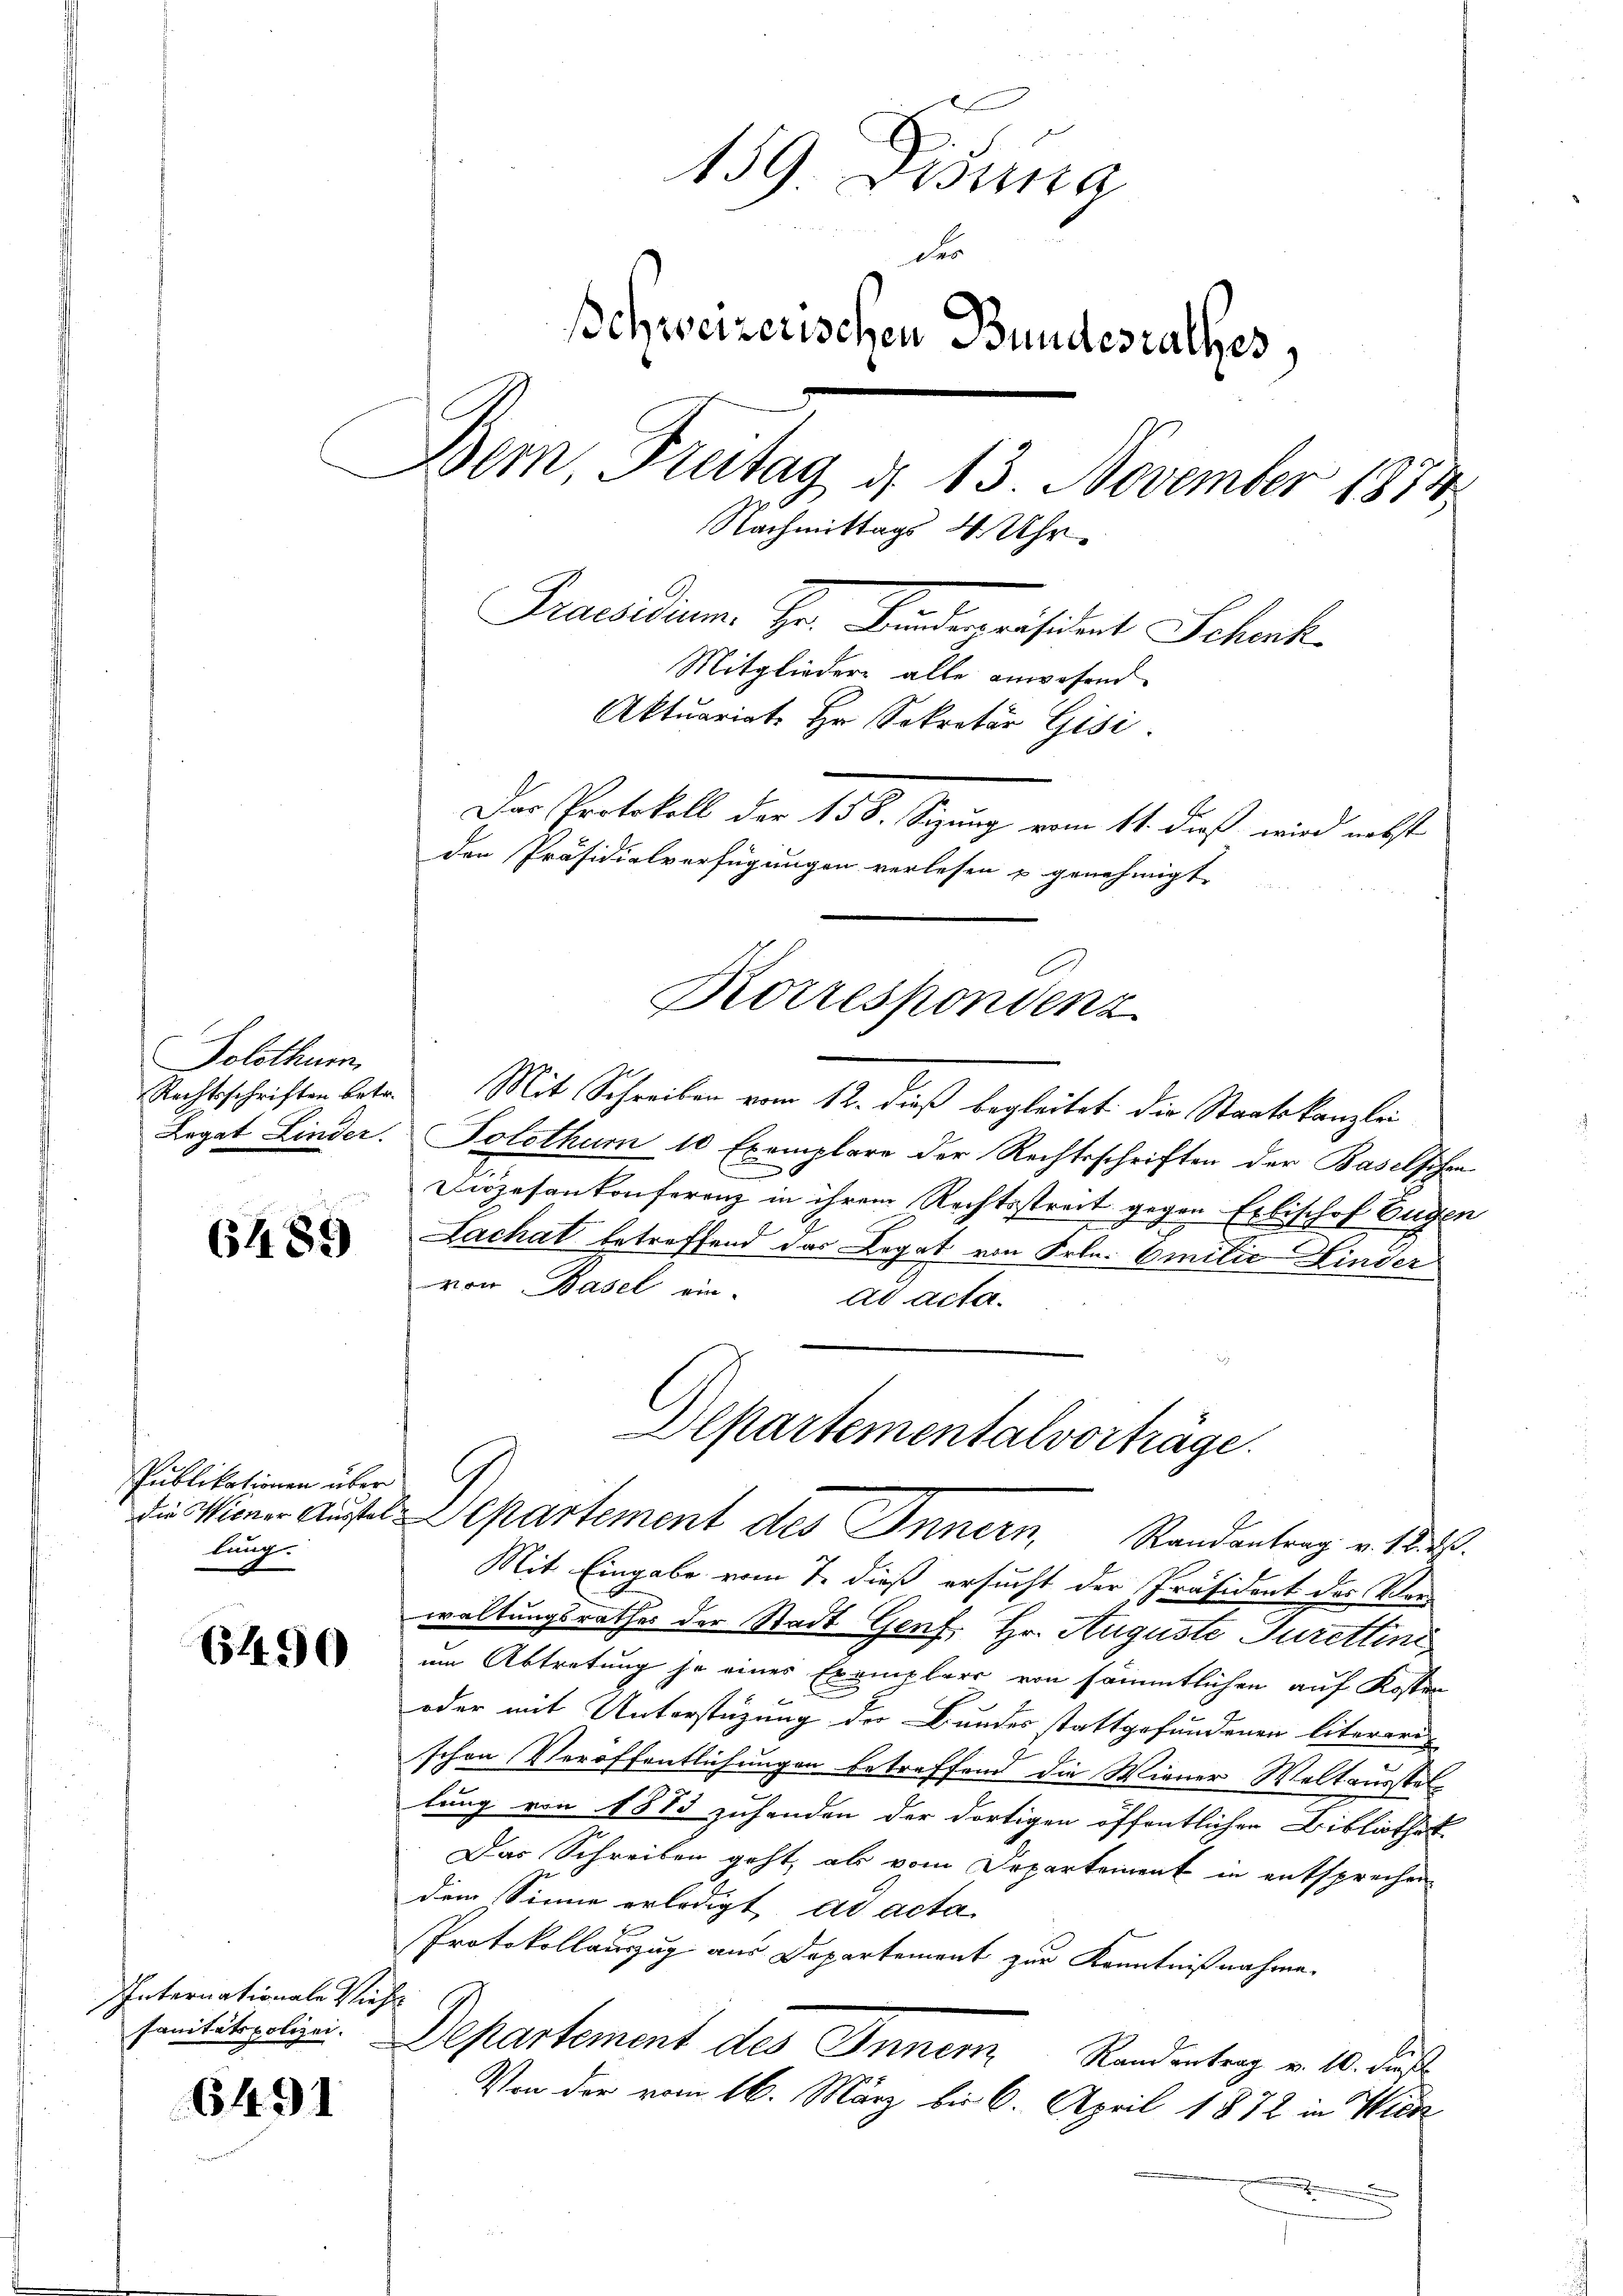
Solothur
Rechtsschriften betr.
Legat Linder.

6489

Publikationen über
die Wiener Ausstel
lung.

6490

Internationale Vieh
sanitätspolizei.

6491

159 Disena
des
schweizerischen Bundesrathes,
Dem Freitag d. 13. November 1874
Nachmittags 4 Uhr.
Praesidium Hr. Findespräsident Schank
Mitglieder alle anwesend
Aktuariate Hr. Sekretär Gisi
Der Protokoll der 158. Sizung vom 11. daß wird nebst
den Präsidialverfügungen verlesen u genehmigt.

e
Mit Schreiben vom 12. dieß begleitet die Staatskanzlei
Tolothum 10 Exemplare der Rechtsschriften der Baselschen
Diözesenkonferenz in ihrem Rechtsstreit gegen Erbischof Eugen
Lachat betreffend das Legat von Frln. Emilie Kinder
von Basel ein-
ad acta.
Mit Eingabe vom 7. dieß ersucht der Präsident des Vorwaltungsrathes der Stadt Genf. Hr. Auguste Jurettini
um Abtretung je eines Exemplars von sämmtlichen auf Kosten
oder mit Unterstüzung der Bundes stattgefundenen literari-
schen Veröffentlichungen betreffend die Wiener Weltausstellung von 1883 zuhanden der dortigen öffentlichen Bibliothek
Das Schreiben geht, als vom Departement in entsprechen
dem Sinne erledigt ad acta
Protokollauszug aus Departement zur Kenntnißnahme.

Departement des Inner Randentrag v. 10. Fuß
Von der vom 16. März bis 6. April 1872 in Wick
.

Korrespondenz

Departementalvorträge.
Departement des Innern, Randantrag v. 1832.